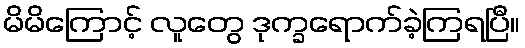
မိမိကြောင့် လူတွေ ဒုက္ခရောက်ခဲ့ကြရပြီ။